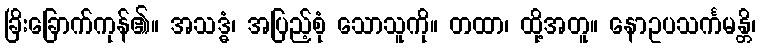
ခြိးခြောက်ကုန်၏။ အသဒ္ဓံ၊ အပြည့်စုံ သောသူကို။ တထာ၊ ထို့အတူ။ နောဥပသင်္ကမန္တိ၊